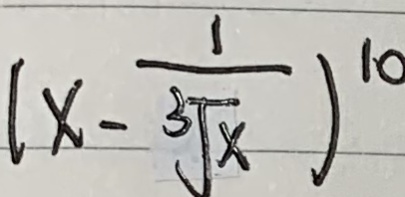
( x - \frac { 1 } { \sqrt [ 3 ] { x } } ) ^ { 1 0 }